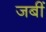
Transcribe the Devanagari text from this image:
जबीं